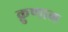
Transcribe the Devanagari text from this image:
क़ुणाल